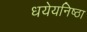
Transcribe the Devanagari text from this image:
धयेयनिष्ठा